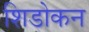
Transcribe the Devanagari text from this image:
शिडोकन